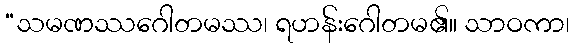
“သမဏဿဂေါတမဿ၊ ရဟန်းဂေါတမ၏။ သာဝကာ၊